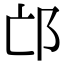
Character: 邙